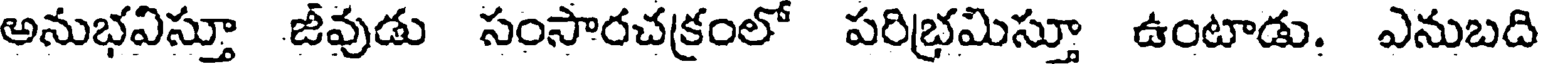
అనుభవిస్తూ జీవుడు సంసారచక్రంలో పరిభ్రమిస్తూ ఉంటాడు. ఎనుబది